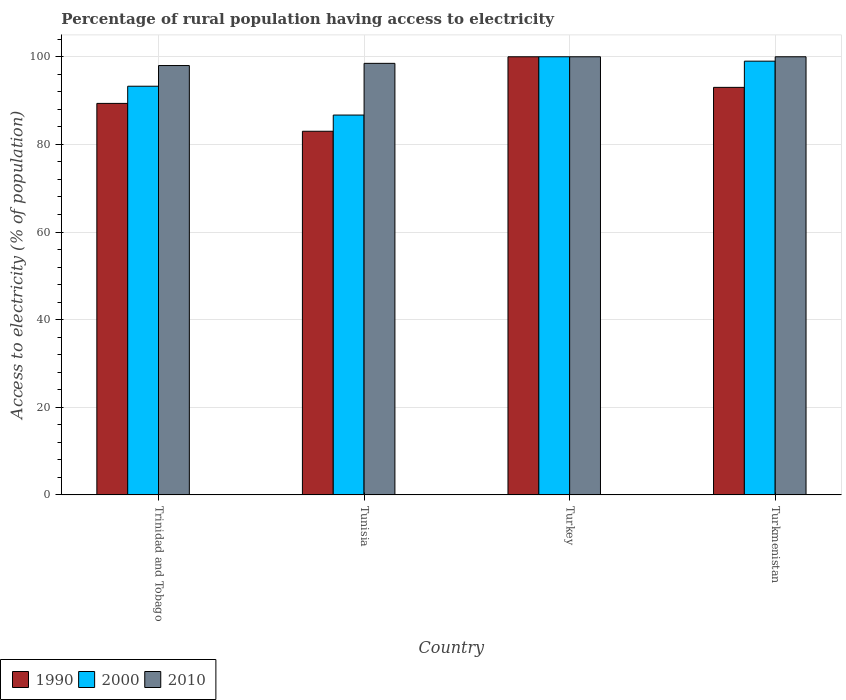
| Country | 1990 | 2000 | 2010 |
 | --- | --- | --- | --- |
 | Trinidad and Tobago | 89.4 | 93.3 | 98 |
 | Tunisia | 83 | 86.7 | 98.5 |
 | Turkey | 100 | 100 | 100 |
 | Turkmenistan | 93 | 99 | 100 |